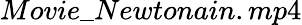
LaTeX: Movie\_ Newtonain.mp4